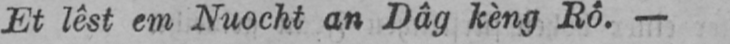
Et lêst cm Nuocht an Dâg kèng Rô.-